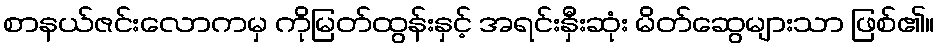
စာနယ်ဇင်းလောကမှ ကိုမြတ်ထွန်းနှင့် အရင်းနှီးဆုံး မိတ်ဆွေများသာ ဖြစ်၏။